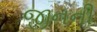
જીનની